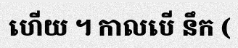
ហើយ ។ កាលបើ នឹក (